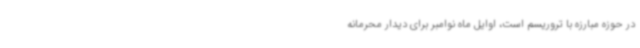
در حوزه مبارزه با تروریسم است، اوایل ماه نوامبر برای دیدار محرمانه